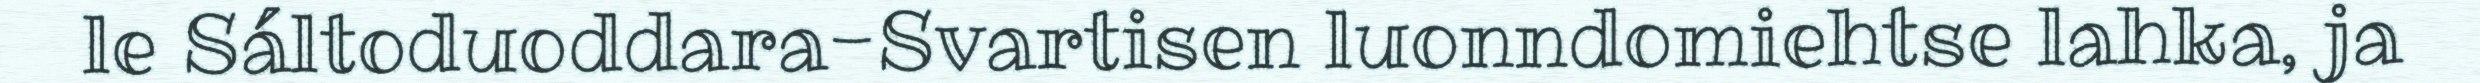
le Sáltoduoddara-Svartisen luonndomiehtse lahka, ja